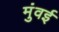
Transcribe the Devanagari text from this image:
मुंवई